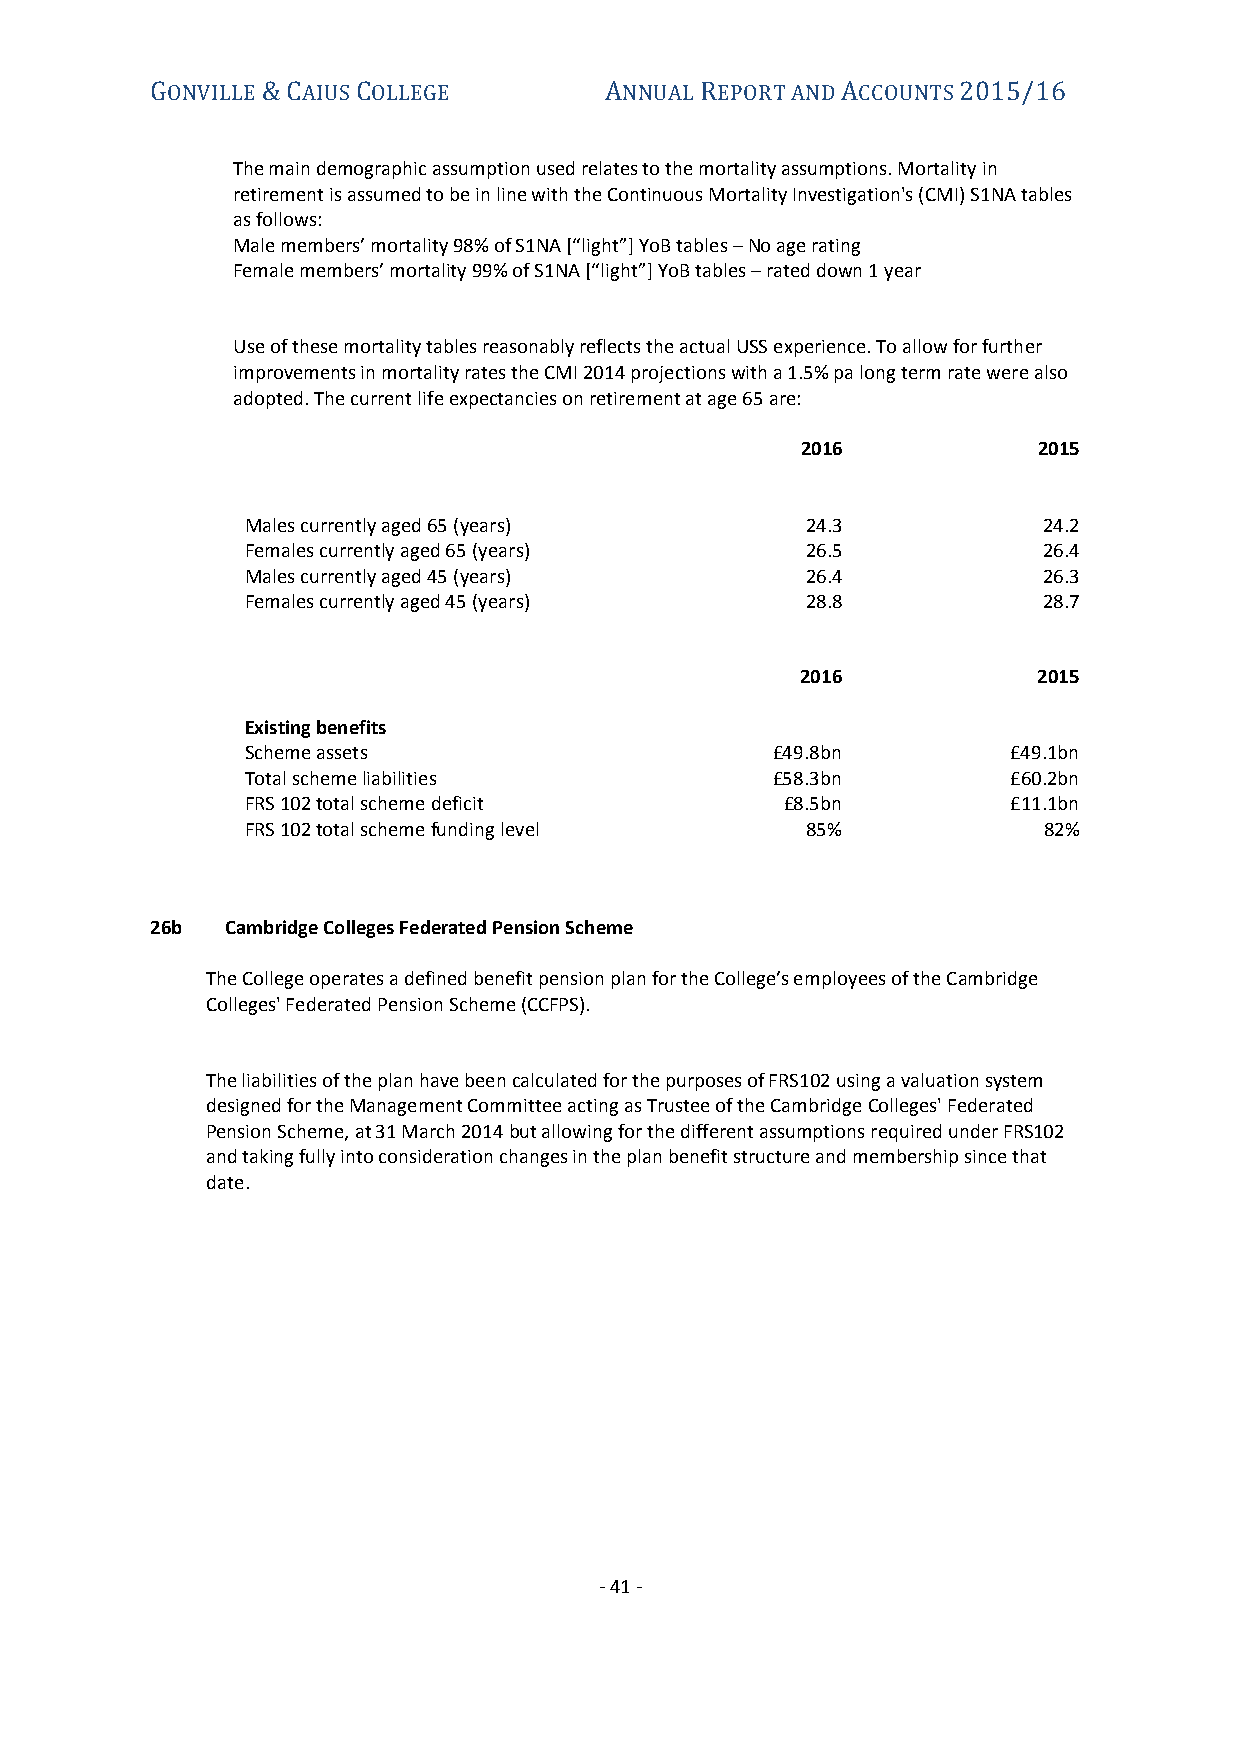
GONVILLE & CAIUS COLLEGE      ANNUAL REPORT AND ACCOUNTS 2015/16
 The main demographic assumption used relates to the mortality assumptions. Mortality in
 retirement is assumed to be in line with the Continuous Mortality Investigation's (CMI) S1NA tables
 as follows:
 Male members’ mortality 98% of S1NA [“light”] YoB tables – No age rating
 Female members’ mortality 99% of S1NA [“light”] YoB tables – rated down 1 year
 Use of these mortality tables reasonably reflects the actual USS experience. To allow for further
 improvements in mortality rates the CMI 2014 projections with a 1.5% pa long term rate were also
 adopted. The current life expectancies on retirement at age 65 are:
 2016            2015
 Males currently aged 65 (years)      24.3            24.2
 Females currently aged 65 (years)    26.5            26.4
 Males currently aged 45 (years)      26.4            26.3
 Females currently aged 45 (years)    28.8            28.7
 2016            2015
 Existing benefits
 Scheme assets                      £49.8bn         £49.1bn
 Total scheme liabilities           £58.3bn         £60.2bn
 FRS 102 total scheme deficit        £8.5bn         £11.1bn
 FRS 102 total scheme funding level   85%             82%
 26b  Cambridge Colleges Federated Pension Scheme
 The College operates a defined benefit pension plan for the College’s employees of the Cambridge
 Colleges' Federated Pension Scheme (CCFPS).
 The liabilities of the plan have been calculated for the purposes of FRS102 using a valuation system
 designed for the Management Committee acting as Trustee of the Cambridge Colleges' Federated
 Pension Scheme, at 31 March 2014 but allowing for the different assumptions required under FRS102
 and taking fully into consideration changes in the plan benefit structure and membership since that
 date.
 - 41 -